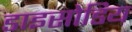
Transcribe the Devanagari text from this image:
डाइसोडिय